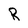
Character: R